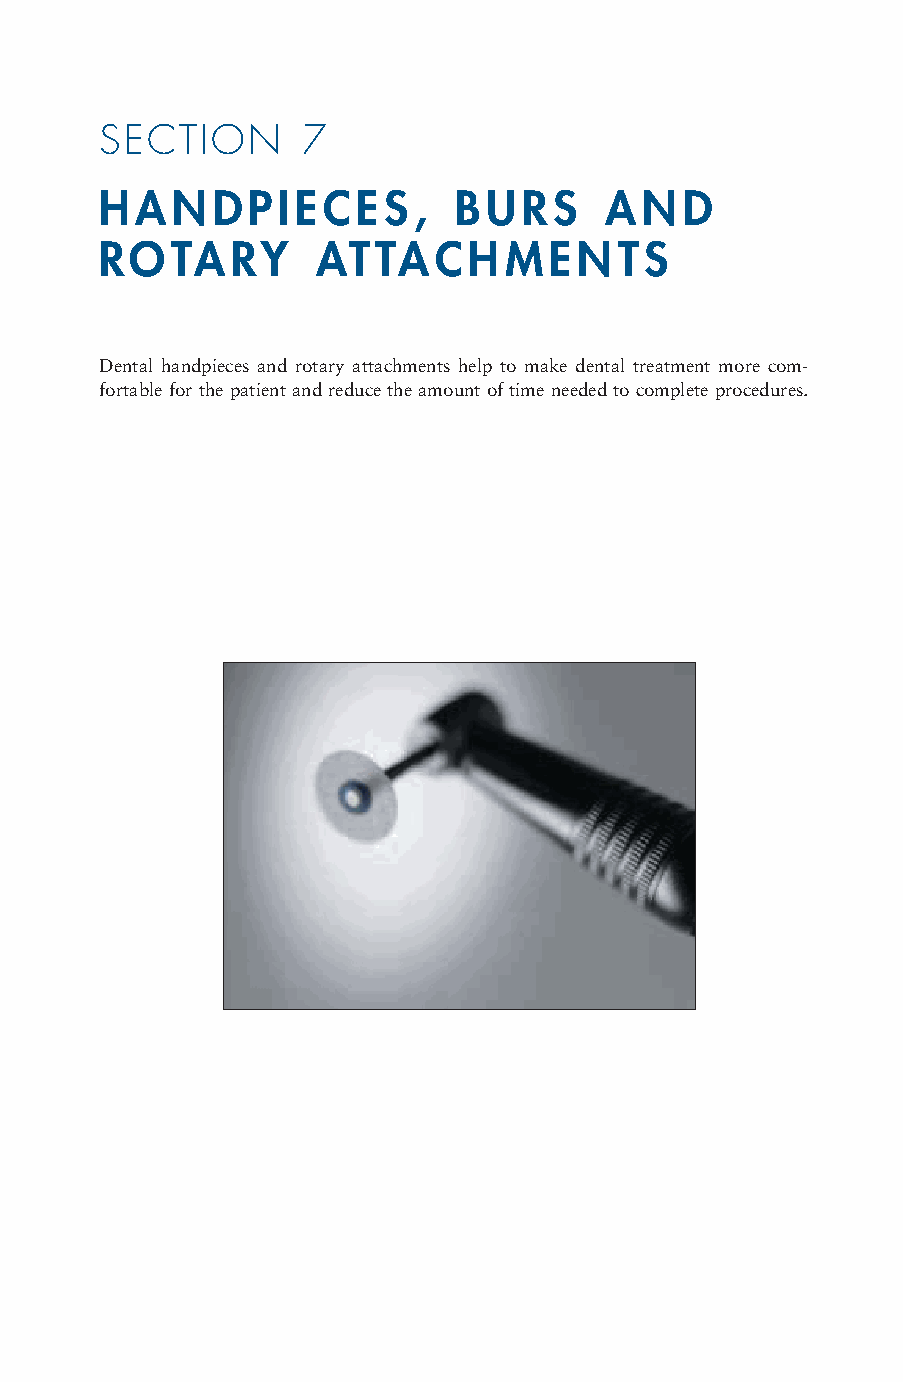
SECTION      7
 HANDPIECES,            BURS      AND
 ROTARY        ATTACHMENTS
 Dental handpieces and rotary attachments help to make dental treatment more com-
 fortable for the patient and reduce the amount of time needed to complete procedures.